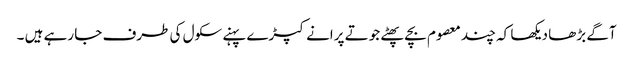
آگے بڑھا دیکھا کہ چند معصوم بچے پھٹے جوتے پرانے کپڑے پہنے سکول کی طرف جا رہے ہیں ۔